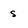
Character: s